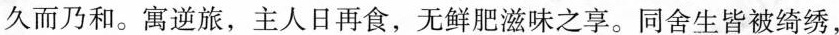
久而乃和。寓逆旅，主人日再食，无鲜肥滋味之享。同舍生皆被绮绣，